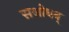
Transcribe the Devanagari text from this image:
सशोधन्